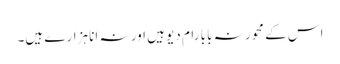
اس کے محور نہ بابا رام دیو ہیں اور نہ انا ہزارے ہیں۔